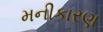
મનીકારણ